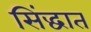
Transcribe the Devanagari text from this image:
सिंद्धात